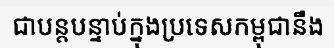
ជាបន្តបន្ទាប់ក្នុងប្រទេសកម្ពុជានឹង